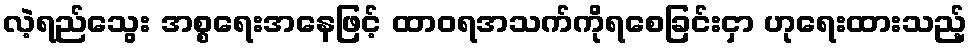
လဲ့ရည်သွေး အစ္စရေးအနေဖြင့် ထာဝရအသက်ကိုရစေခြင်းငှာ ဟုရေးထားသည့်